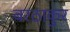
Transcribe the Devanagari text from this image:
बरठाकुर